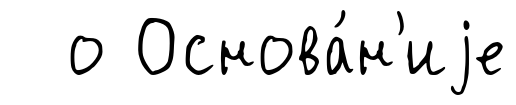
о Основа́н'иjе